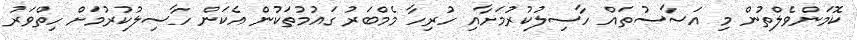
ކޮމަންވެލްތުން މި އަސާސުތައް ހާސިލުކުރުމަށާއި ހުރިހާ މެމްބަރު ގައުމުތަކުން އެކަން ހާސިލުކުރުމަށް ހިތްވަރު